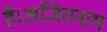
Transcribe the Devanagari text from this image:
है।अजितनाथ